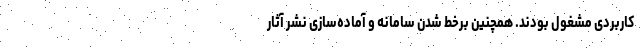
کاربردی مشغول بودند. همچنین برخط شدن سامانه و آماده‌سازی نشر آثار